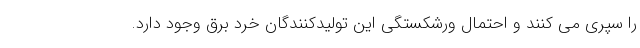
را سپری می کنند و احتمال ورشکستگی این تولیدکنندگان خرد برق وجود دارد.